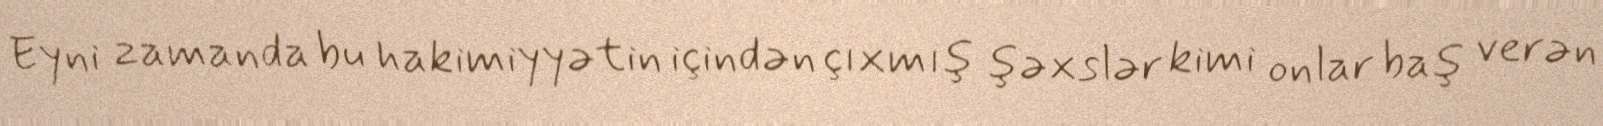
Eyni zamanda bu hakimiyyətin içindən çıxmış şəxslər kimi onlar baş verən